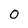
Character: 0